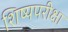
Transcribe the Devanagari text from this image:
शिष्यपरीक्षा